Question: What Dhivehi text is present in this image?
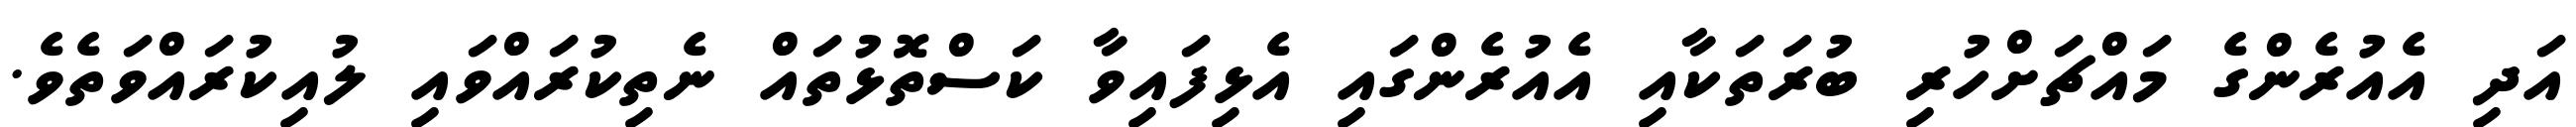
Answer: އަދި އެއުރެންގެ މައްޗަށްހުރި ބުރަތަކާއި އެއުރެންގައި އެޅިފައިވާ ކަސްތޮޅުތައް ނެތިކުރައްވައި ލުއިކުރައްވަތެވެ.